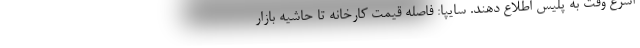
اسرع وقت به پلیس اطلاع دهند. سایپا: فاصله قیمت کارخانه تا حاشیه بازار